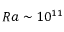
R a \sim 1 0 ^ { 1 1 }